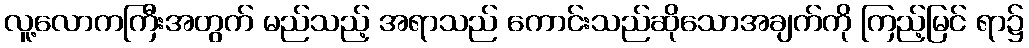
လူ့လောကကြီးအတွက် မည်သည့် အရာသည် ကောင်းသည်ဆိုသောအချက်ကို ကြည့်မြင် ရာ၌